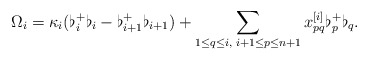
\begin{align*}\Omega _i=\kappa _i(\flat_i^+\flat_i-\flat_{i+1}^+\flat_{i+1})+\sum_{1\leq q\leq i,\; i+1\leq p\leq n+1}x^{[i]}_{pq}\flat_p^+\flat_q.\end{align*}